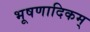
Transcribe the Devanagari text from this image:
भूषणादिकम्